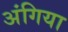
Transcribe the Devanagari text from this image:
अंगिया